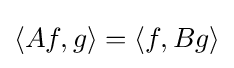
\langle Af,g\rangle =\langle f,Bg\rangle